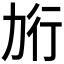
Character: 𰅎